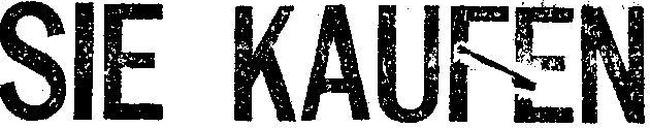
SIE KAUFEN